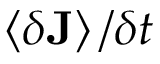
\left\langle \delta \mathbf { J } \right\rangle / \delta t